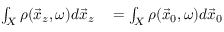
\begin{array} { r l } { \int _ { X } \boldsymbol { \rho } ( \vec { x } _ { z } , \omega ) d \vec { x } _ { z } } & { { } = \int _ { X } \boldsymbol { \rho } ( \vec { x } _ { 0 } , \omega ) d \vec { x } _ { 0 } } \end{array}